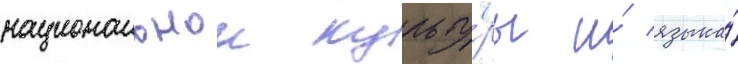
национальнои культу́ры и́ языка́